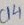
Text: C14